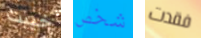
خيبت شخص فقدت